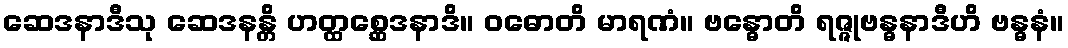
ဆေဒနာဒီသု ဆေဒနန္တိ ဟတ္ထစ္ဆေဒနာဒိ။ ဝဓောတိ မာရဏံ။ ဗန္ဓောတိ ရဇ္ဇုဗန္ဓနာဒီဟိ ဗန္ဓနံ။